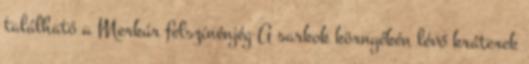
található a Merkúr felszínénjég A sarkok környékén lévő kráterek